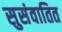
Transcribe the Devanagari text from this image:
सुसंवातित